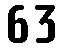
63